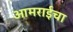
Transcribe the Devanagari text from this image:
आमराईचा